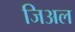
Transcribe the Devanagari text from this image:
जिअल